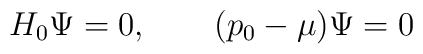
H_0\Psi=0, \qquad (p_0-\mu)\Psi=0